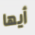
أيها